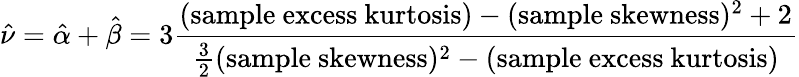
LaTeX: {\hat{\nu}}={\hat{\alpha}}+{\hat{\beta}}=3{\frac{({\mathrm{sample~excess~kurtosis}})-({\mathrm{sample~skewness}})^{2}+2}{{\frac{3}{2}}({\mathrm{sample~skewness}})^{2}-{\mathrm{(sample~excess~kurtosis)}}}}